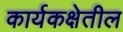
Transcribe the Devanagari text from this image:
कार्यकक्षेतील